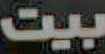
بيت